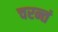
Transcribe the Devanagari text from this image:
चरन्तं